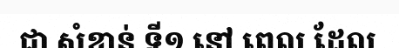
ជា សំខាន់ ទី១ នៅ ពេល ដែល